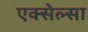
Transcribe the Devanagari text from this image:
एक्सेल्सा